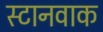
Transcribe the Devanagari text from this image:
स्टानवाक